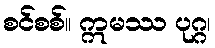
စင်စစ်။ ဣမဿ ပုဂ္ဂ၊